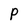
Character: P